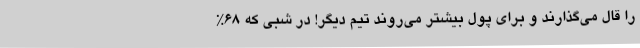
را قال می‌گذارند و برای پول بیشتر می‌روند تیم دیگر! در شبی که 68%